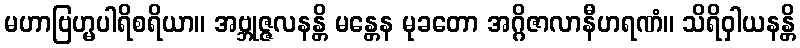
မဟာဗြဟ္မပါရိစရိယာ။ အဗ္ဘုဇ္ဇလနန္တိ မန္တေန မုခတော အဂ္ဂိဇာလာနီဟရဏံ။ သိရိဝှါယနန္တိ